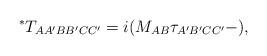
\begin{align*}^{\ast }T_{AA^{\prime }BB^{\prime }CC^{\prime }}=i(M_{AB}\tau _{A^{\prime}B^{\prime }CC^{\prime }}-), \end{align*}